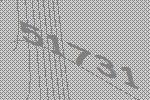
51731